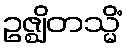
ဥဇ္ဈိတသ္မိံ